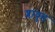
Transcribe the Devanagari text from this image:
प्लावुड